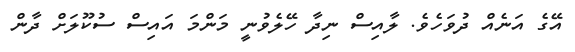
އޭގެ އަނެއް ދުވަހެވެ. ލާއިސް ނިދާ ހޭލެވުނީ މަންމަ އައިސް ސުކޫލަށް ދާން